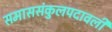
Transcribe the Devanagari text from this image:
समाससंकुलपदावली